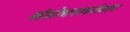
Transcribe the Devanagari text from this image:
संशोधनाबरोबरच